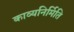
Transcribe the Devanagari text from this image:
काव्यनिर्मिति